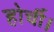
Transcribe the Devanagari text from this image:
होर्ची।